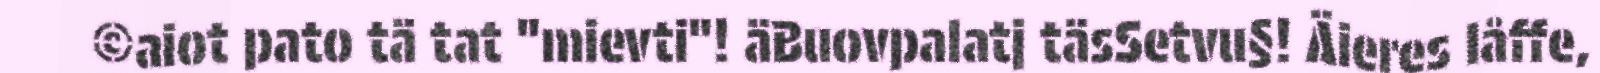
©aiot pato tä tat "mievti"! äBuovpalatj täsSetvu§! Äieres låffe,